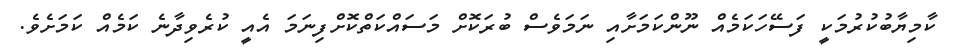
ކާމިޔާބުކުރުމަކީ ފަސޭހަކަމެއް ނޫންކަމަށާއި ނަމަވެސް ބުރަކޮށް މަސައްކަތްކޮށްފިނަމަ އެއީ ކުރެވިދާނެ ކަމެއް ކަމަށެވެ.